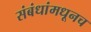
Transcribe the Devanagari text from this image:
संबंधांमधूनच